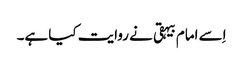
اِسے امام بیہقی نے روایت کیا ہے۔